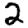
Digit: 2